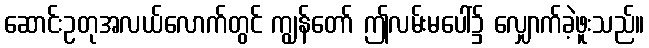
ဆောင်းဥတုအလယ်လောက်တွင် ကျွန်တော် ဤလမ်းမပေါ်၌ လျှောက်ခဲ့ဖူးသည်။